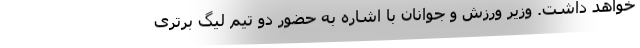
خواهد داشت. وزیر ورزش و جوانان با اشاره به حضور دو تیم لیگ برتری